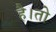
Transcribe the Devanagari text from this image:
है।तो